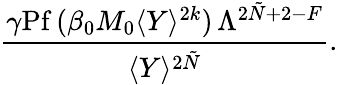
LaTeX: \frac{\gamma\mathrm{Pf}\, (\beta_{0}M_{0}\langle Y\rangle^{2k})\, \Lambda^{2\tilde{N}+2-F}}{\langle Y\rangle^{2\tilde{N}}}.